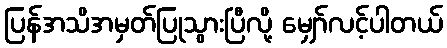
ပြန်အသိအမှတ်ပြုသွားပြီလို့ မျှော်လင့်ပါတယ်